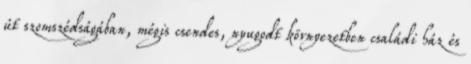
út szomszédságában, mégis csendes, nyugodt környezetben családi ház és